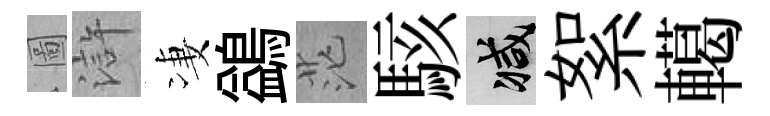
圖滸凄鷁茫駭减絮轕